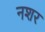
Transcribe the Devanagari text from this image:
नशर